Tezpur Lunatic Asylum reports 1877-1894 - 1877-1894
Year: 1877
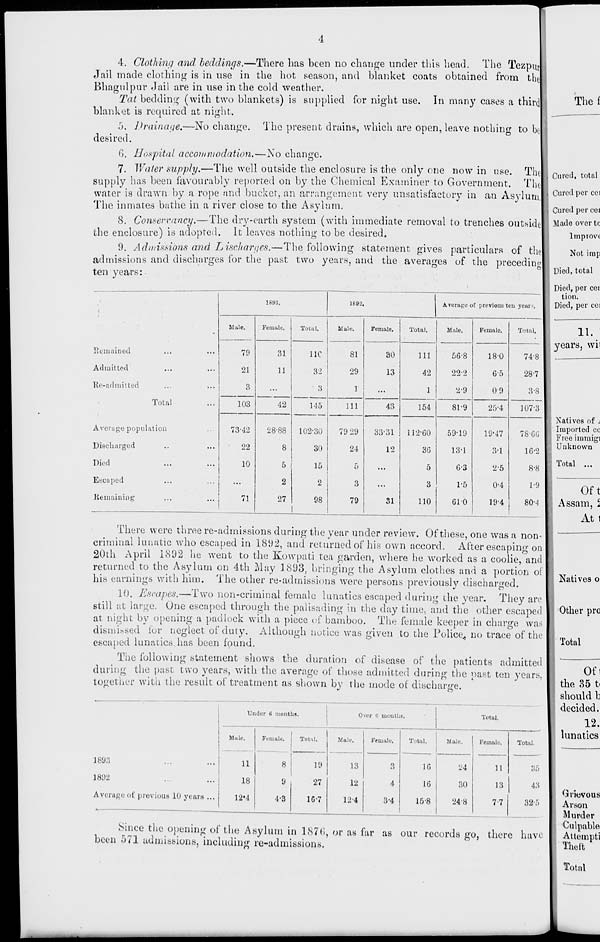
4. Clothing and beddings.—There has been no change under this head. The Tezpm
Jail made clothing is in use in the hot season, and blanket coats obtained from the
Bhagulpur Jail are in use in the cold weather.
Tat bedding (with two blankets) is supplied for night use. In many cases a third
blanket is required at night.
!). Drainage.—No change. The present drains, which are open, leave nothing to be
desired.
6. Hospital accommodation.—No change.
7. Water supply.—The well outside the enclosure is the only one now in use. The
supply has been favourably reported on by the Chemical Examiner to Government. The
water is drawn by a rope and bucket, an arrangement very unsatisfactory in an Asylum,
The inmates bathe in a river close to the Asylum.
8. Conservancy.—The dry-earth system (with immediate removal to trenches outside
the enclosure) is adopted. It leaves nothing to be desired.
9. Adntissibns and Lischarges.—The following statement gives particulars of the
admissions and discharges for the past two years, and the averages of the preceding
ten years:
Thef
'.
...
1893.
1892.
Average of previous ten years,
Mule.
Female.
Total.
Male.
Female.
Total.
Male.
Female.
Total.
Remained
79
31
11C
81
30
Ill
56-8
18-0
74-8
Admitted
21
11
32
29
13
42
222
6-5
28-7
Re-admitted
Total
lation
3
42
3
1
...
1
2-9
0-9
3-8 1
103
145
111
43
154
81-9
25-4
107-3 1
Average popu
73-42
28-88
102-30
79 29
33-31
112-60
59-19
19-47
78-66
Discharged
..
• 22
8
30
24
12
3G
13-1
3-1
16-2
Died
...
10
5
15
5
...
5
6-3
2-5
8-8
Escaped
...
...
2
2
3
...
3
1-5
0-4
19
Remaining
...
71
27
98
1
79
31
110
61-0
19-4
80--I
1
Cured, total
Cured per cei
Cured per cei
Made over tc
Improve
Not imp
Died,total
Died, per cei
tion.
Died, per cei
11.
years, wii
Natives of i
Imported cc
Freeimmigi
Unknown
Total ...
There were three re-admissions during the year under review. Of these, one was a non-
criminal lunatic who escaped in 1892, and returned of his own accord. After escaping on
20th April 1892 he went to the Kowpati tea garden, where he worked as a coolie, and
returned to the Asylum on 4th May 1893, bringing the Asylum clothes and a portion oi
his earnings with him. The other re-admissions were persons previously discharged.
10. Escapes.—Two non-criminal female lunatics escaped during the year. They are
still at large. One escaped through the palisading in the day time, and the other escaped
at night by opening a padlock with a piece of bamboo. The female keeper in charge was
dismissed for neglect of duty. Although notice was given to the Police,, no trace of the
escaped lunatics has been found.
The following statement shows the duration of disease of the patients admitted
during the past two years, with the average of those admitted during the past ten years,
together with the result of treatment as shown by the mode of discharge.
Under 6 months.
Over (J months.
Total.
Mule.
Female.
8
Total.
Male.
13
Female,
Total.
Male.
Female,
Total.
1893
11
19
3
10
24
11
35
1892
18
9
27
12
4
16
30
13
43
Average of previous 10 years ...
12'4
4-3
1C-7
12-4
3-4
15-8
24-8
7-7
32-5
Natives o
Other pro
Total
Of 1
the 85 t<
should b
decided.
12.
lunatics
Since the opening of the Asylum in 187(1, or as far as our records go, there have
been 571 admissions, including re-admissions.
Grievous
Arson
Murder
Culpable
Attempti
Theft
Total